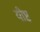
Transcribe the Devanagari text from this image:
यीष्ट